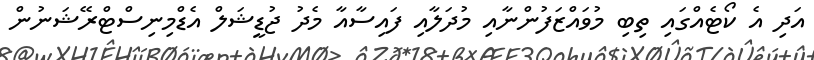
އަދި އެ ކޯޓެއްގައި ތިބި މުވައްޒަފުންނާއި މުދަލާއި ފައިސާއާ މެދު ޖުޑީޝަލް އެޑްމިނިސްޓްރޭޝަނުން